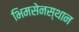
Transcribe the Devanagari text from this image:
भिमसेनस्थान